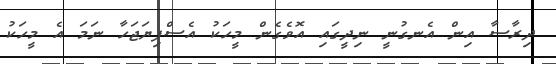
ދިރާސާ އިން އެނގުނީ ނިދީގައި އޮވެގެން މީހަކު އެސްފިޔަޖަހާ ނަމަ އެ މީހަކު